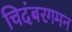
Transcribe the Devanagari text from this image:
चिदंबरगमन